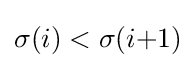
\sigma (i)<\sigma (i{+}1)